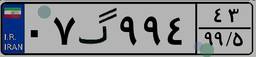
۰۷گ۹۹۴۴۳